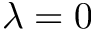
\lambda = 0